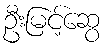
ဦးမြင့်ဆွေ